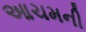
આચમની